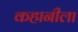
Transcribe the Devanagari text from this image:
कहानीला